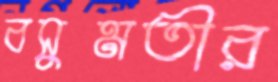
বসুমতীর